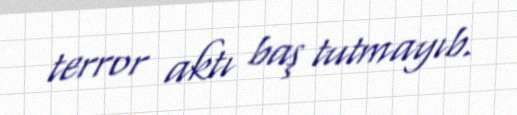
terror aktı baş tutmayıb.